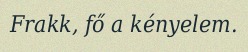
Frakk, fő a kényelem.